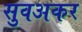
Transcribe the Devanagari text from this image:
सुवअकर